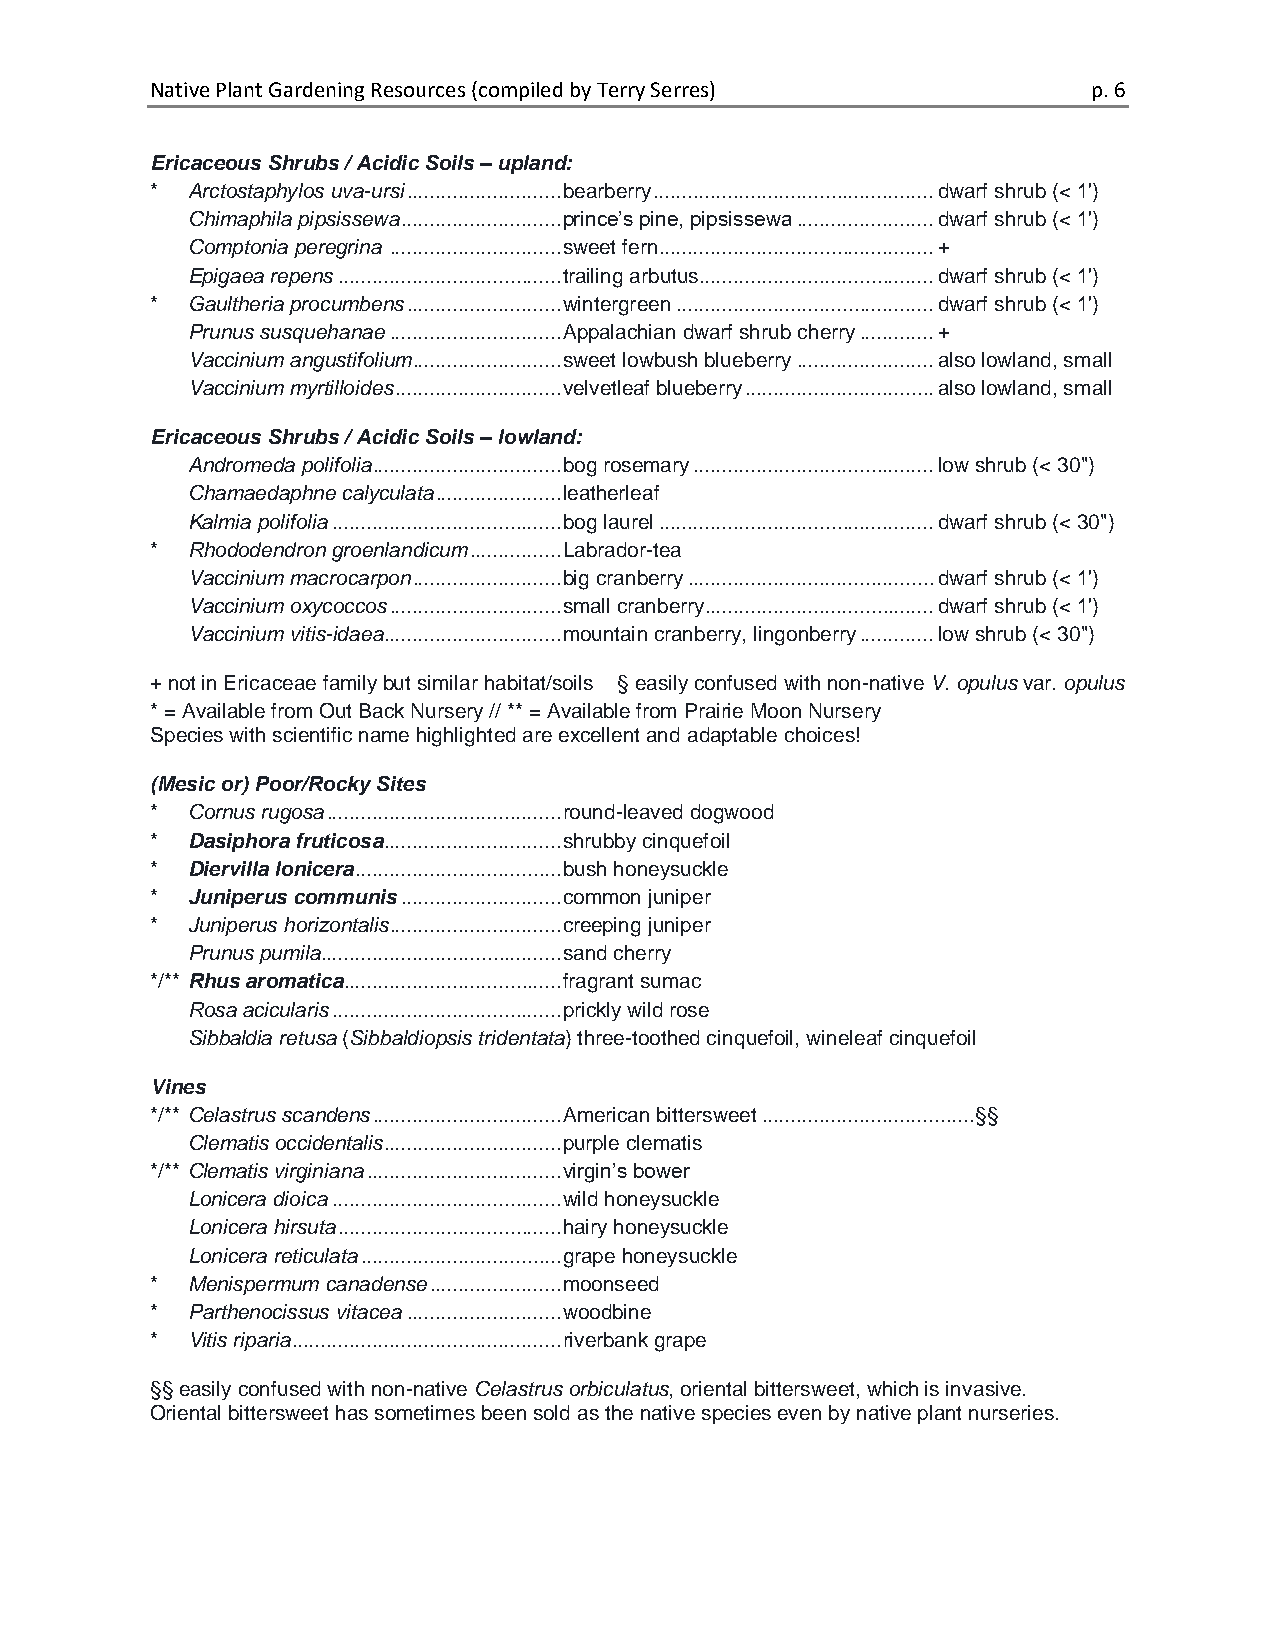
Native Plant Gardening Resources (compiled by Terry Serres)   p. 6
 Ericaceous Shrubs / Acidic Soils – upland:
 * Arctostaphylos uva-ursi ........................... bearberry ................................................. dwarf shrub (< 1')
 Chimaphila pipsissewa ............................ prince’s pine, pipsissewa ........................ dwarf shrub (< 1')
 Comptonia peregrina .............................. sweet fern................................................ +
 Epigaea repens ....................................... trailing arbutus......................................... dwarf shrub (< 1')
 * Gaultheria procumbens ........................... wintergreen ............................................. dwarf shrub (< 1')
 Prunus susquehanae .............................. Appalachian dwarf shrub cherry ............. +
 Vaccinium angustifolium .......................... sweet lowbush blueberry ........................ also lowland, small
 Vaccinium myrtilloides ............................. velvetleaf blueberry ................................. also lowland, small
 Ericaceous Shrubs / Acidic Soils – lowland:
 Andromeda polifolia ................................. bog rosemary .......................................... low shrub (< 30")
 Chamaedaphne calyculata ...................... leatherleaf
 Kalmia polifolia ........................................ bog laurel ................................................ dwarf shrub (< 30")
 * Rhododendron groenlandicum ................ Labrador-tea
 Vaccinium macrocarpon .......................... big cranberry ........................................... dwarf shrub (< 1')
 Vaccinium oxycoccos .............................. small cranberry........................................ dwarf shrub (< 1')
 Vaccinium vitis-idaea ............................... mountain cranberry, lingonberry ............. low shrub (< 30")
 + not in Ericaceae family but similar habitat/soils § easily confused with non-native V. opulus var. opulus
 * = Available from Out Back Nursery // ** = Available from Prairie Moon Nursery
 Species with scientific name highlighted are excellent and adaptable choices!
 (Mesic or) Poor/Rocky Sites
 * Cornus rugosa ......................................... round-leaved dogwood
 * Dasiphora fruticosa ............................... shrubby cinquefoil
 * Diervilla lonicera .................................... bush honeysuckle
 * Juniperus communis ............................ common juniper
 * Juniperus horizontalis .............................. creeping juniper
 Prunus pumila.......................................... sand cherry
 */** Rhus aromatica...................................... fragrant sumac
 Rosa acicularis ........................................ prickly wild rose
 Sibbaldia retusa (Sibbaldiopsis tridentata) three-toothed cinquefoil, wineleaf cinquefoil
 Vines
 */** Celastrus scandens ................................. American bittersweet ..................................... §§
 Clematis occidentalis ............................... purple clematis
 */** Clematis virginiana .................................. virgin’s bower
 Lonicera dioica ........................................ wild honeysuckle
 Lonicera hirsuta ....................................... hairy honeysuckle
 Lonicera reticulata ................................... grape honeysuckle
 * Menispermum canadense ....................... moonseed
 * Parthenocissus vitacea ........................... woodbine
 * Vitis riparia ............................................... riverbank grape
 §§ easily confused with non-native Celastrus orbiculatus, oriental bittersweet, which is invasive.
 Oriental bittersweet has sometimes been sold as the native species even by native plant nurseries.